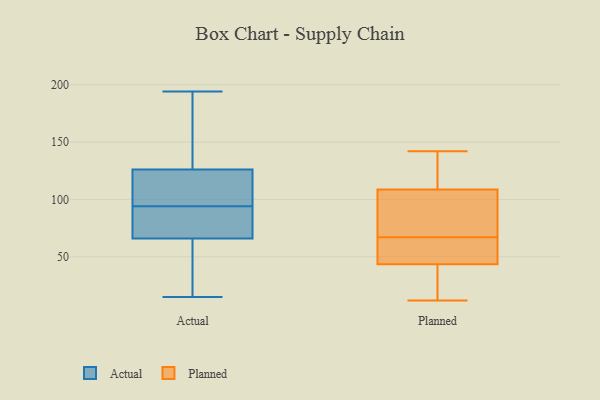
{"axis": {"x": "Gross Profit (USD K)", "y": "Value"}, "legend": ["Actual", "Planned"], "data": [{"x": "", "y": 190, "type": "Actual"}, {"x": "", "y": 81, "type": "Actual"}, {"x": "", "y": 79, "type": "Actual"}, {"x": "", "y": 128, "type": "Actual"}, {"x": "", "y": 28, "type": "Actual"}, {"x": "", "y": 115, "type": "Actual"}, {"x": "", "y": 64, "type": "Actual"}, {"x": "", "y": 43, "type": "Actual"}, {"x": "", "y": 15, "type": "Actual"}, {"x": "", "y": 81, "type": "Actual"}, {"x": "", "y": 116, "type": "Actual"}, {"x": "", "y": 72, "type": "Actual"}, {"x": "", "y": 20, "type": "Actual"}, {"x": "", "y": 184, "type": "Actual"}, {"x": "", "y": 116, "type": "Actual"}, {"x": "", "y": 194, "type": "Actual"}, {"x": "", "y": 94, "type": "Actual"}, {"x": "", "y": 188, "type": "Actual"}, {"x": "", "y": 120, "type": "Actual"}, {"x": "", "y": 41, "type": "Planned"}, {"x": "", "y": 12, "type": "Planned"}, {"x": "", "y": 67, "type": "Planned"}, {"x": "", "y": 117, "type": "Planned"}, {"x": "", "y": 28, "type": "Planned"}, {"x": "", "y": 51, "type": "Planned"}, {"x": "", "y": 76, "type": "Planned"}, {"x": "", "y": 138, "type": "Planned"}, {"x": "", "y": 142, "type": "Planned"}, {"x": "", "y": 84, "type": "Planned"}, {"x": "", "y": 54, "type": "Planned"}]}